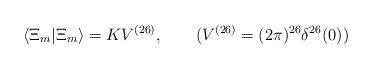
LaTeX: \begin{align*}\langle\Xi_m|\Xi_m\rangle=KV^{(26)}, \qquad (V^{(26)}=(2\pi)^{26}\delta^{26}(0))\end{align*}